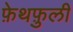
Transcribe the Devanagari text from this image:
फ़ेथफ़ुली